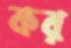
কর